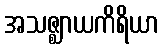
အသဇ္ဈာယကိရိယာ